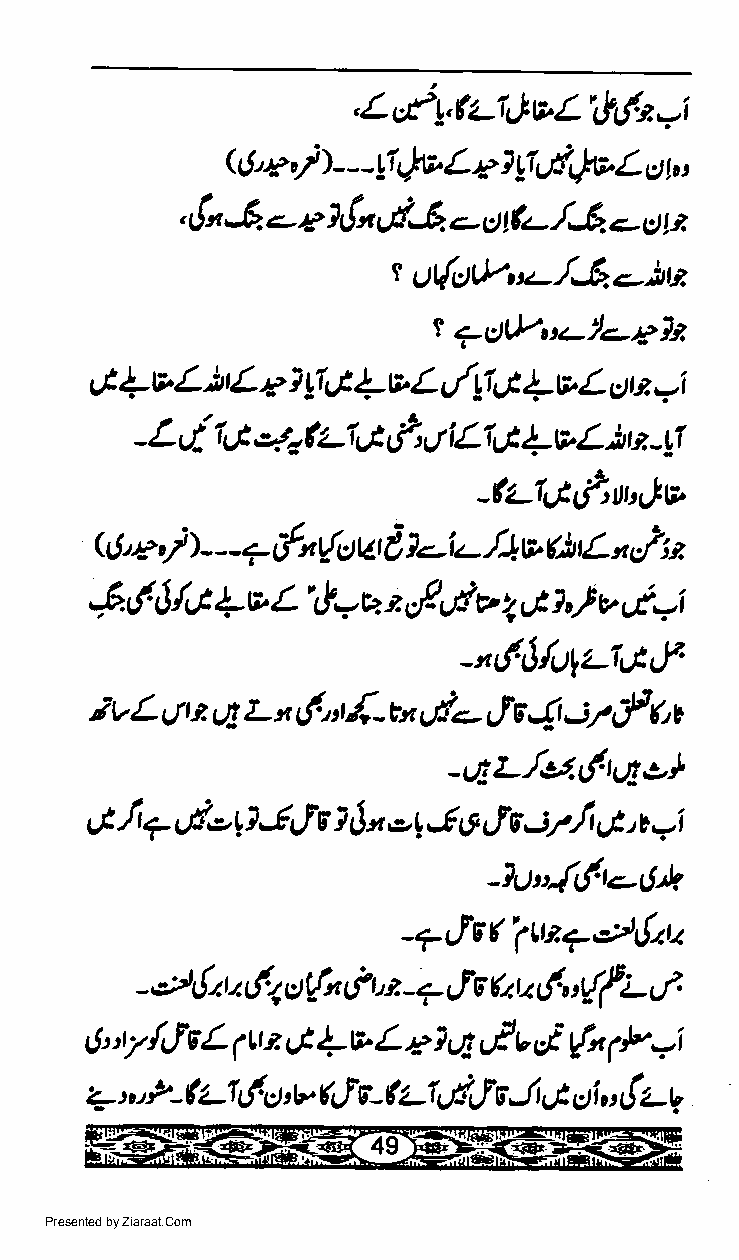
,Lrt'tLilvL\h!.t*i
 QJ'r,)---!1&Lr?y7J-4.)1i.1tr,
 ,,!",-6 -- c lr!"vi& e d t&- /5. <.- ct lt
 r u{utL,,t-,f,-6.-)rt
 t <-s1huz-legli
 tt 1 v L )t L e I
 11,1
 {v L u/!1I 1v L
 ctt e
 -l
 (zIG
 -Lr1; l,,tt.,,t  i7\/iL|Lt +tvL )tt -!1
 _L1&i\u,clv
 L1-      ()tL,,s/
 QJ,e,/ ) - - + tn{- uu, d /"1 r>      ; ?,
 6J
 ,6,!' 6 /,J +v L1!=u t r/'d v I 6 ?,) v
 -"4Jfulzra,-1"
 {*",d-
 iv L st t
 69
 L x (.nt         rfE4 -yf, fiv
 _s6z_./or.i.tLte,)
 tJ'fr f ,d-OJ tc I 6t elr,J o tE -:r,l ut,.,v.i
 -7t"{dt-tt*
 -7ivf  '1ut'7';'$ata
 6
 - o,$t.t (1 otl_ &t, a _? JE eLl 6 "#L
 "
 6' r /Lf s L (t r ut 4 v L s 1 q uP v,t {n 1P=i
 + n P- ( LI r!. ct b 4I c-Lf eiLI e -t,t cti,' { zg
 Presented by Ziaraat.Com